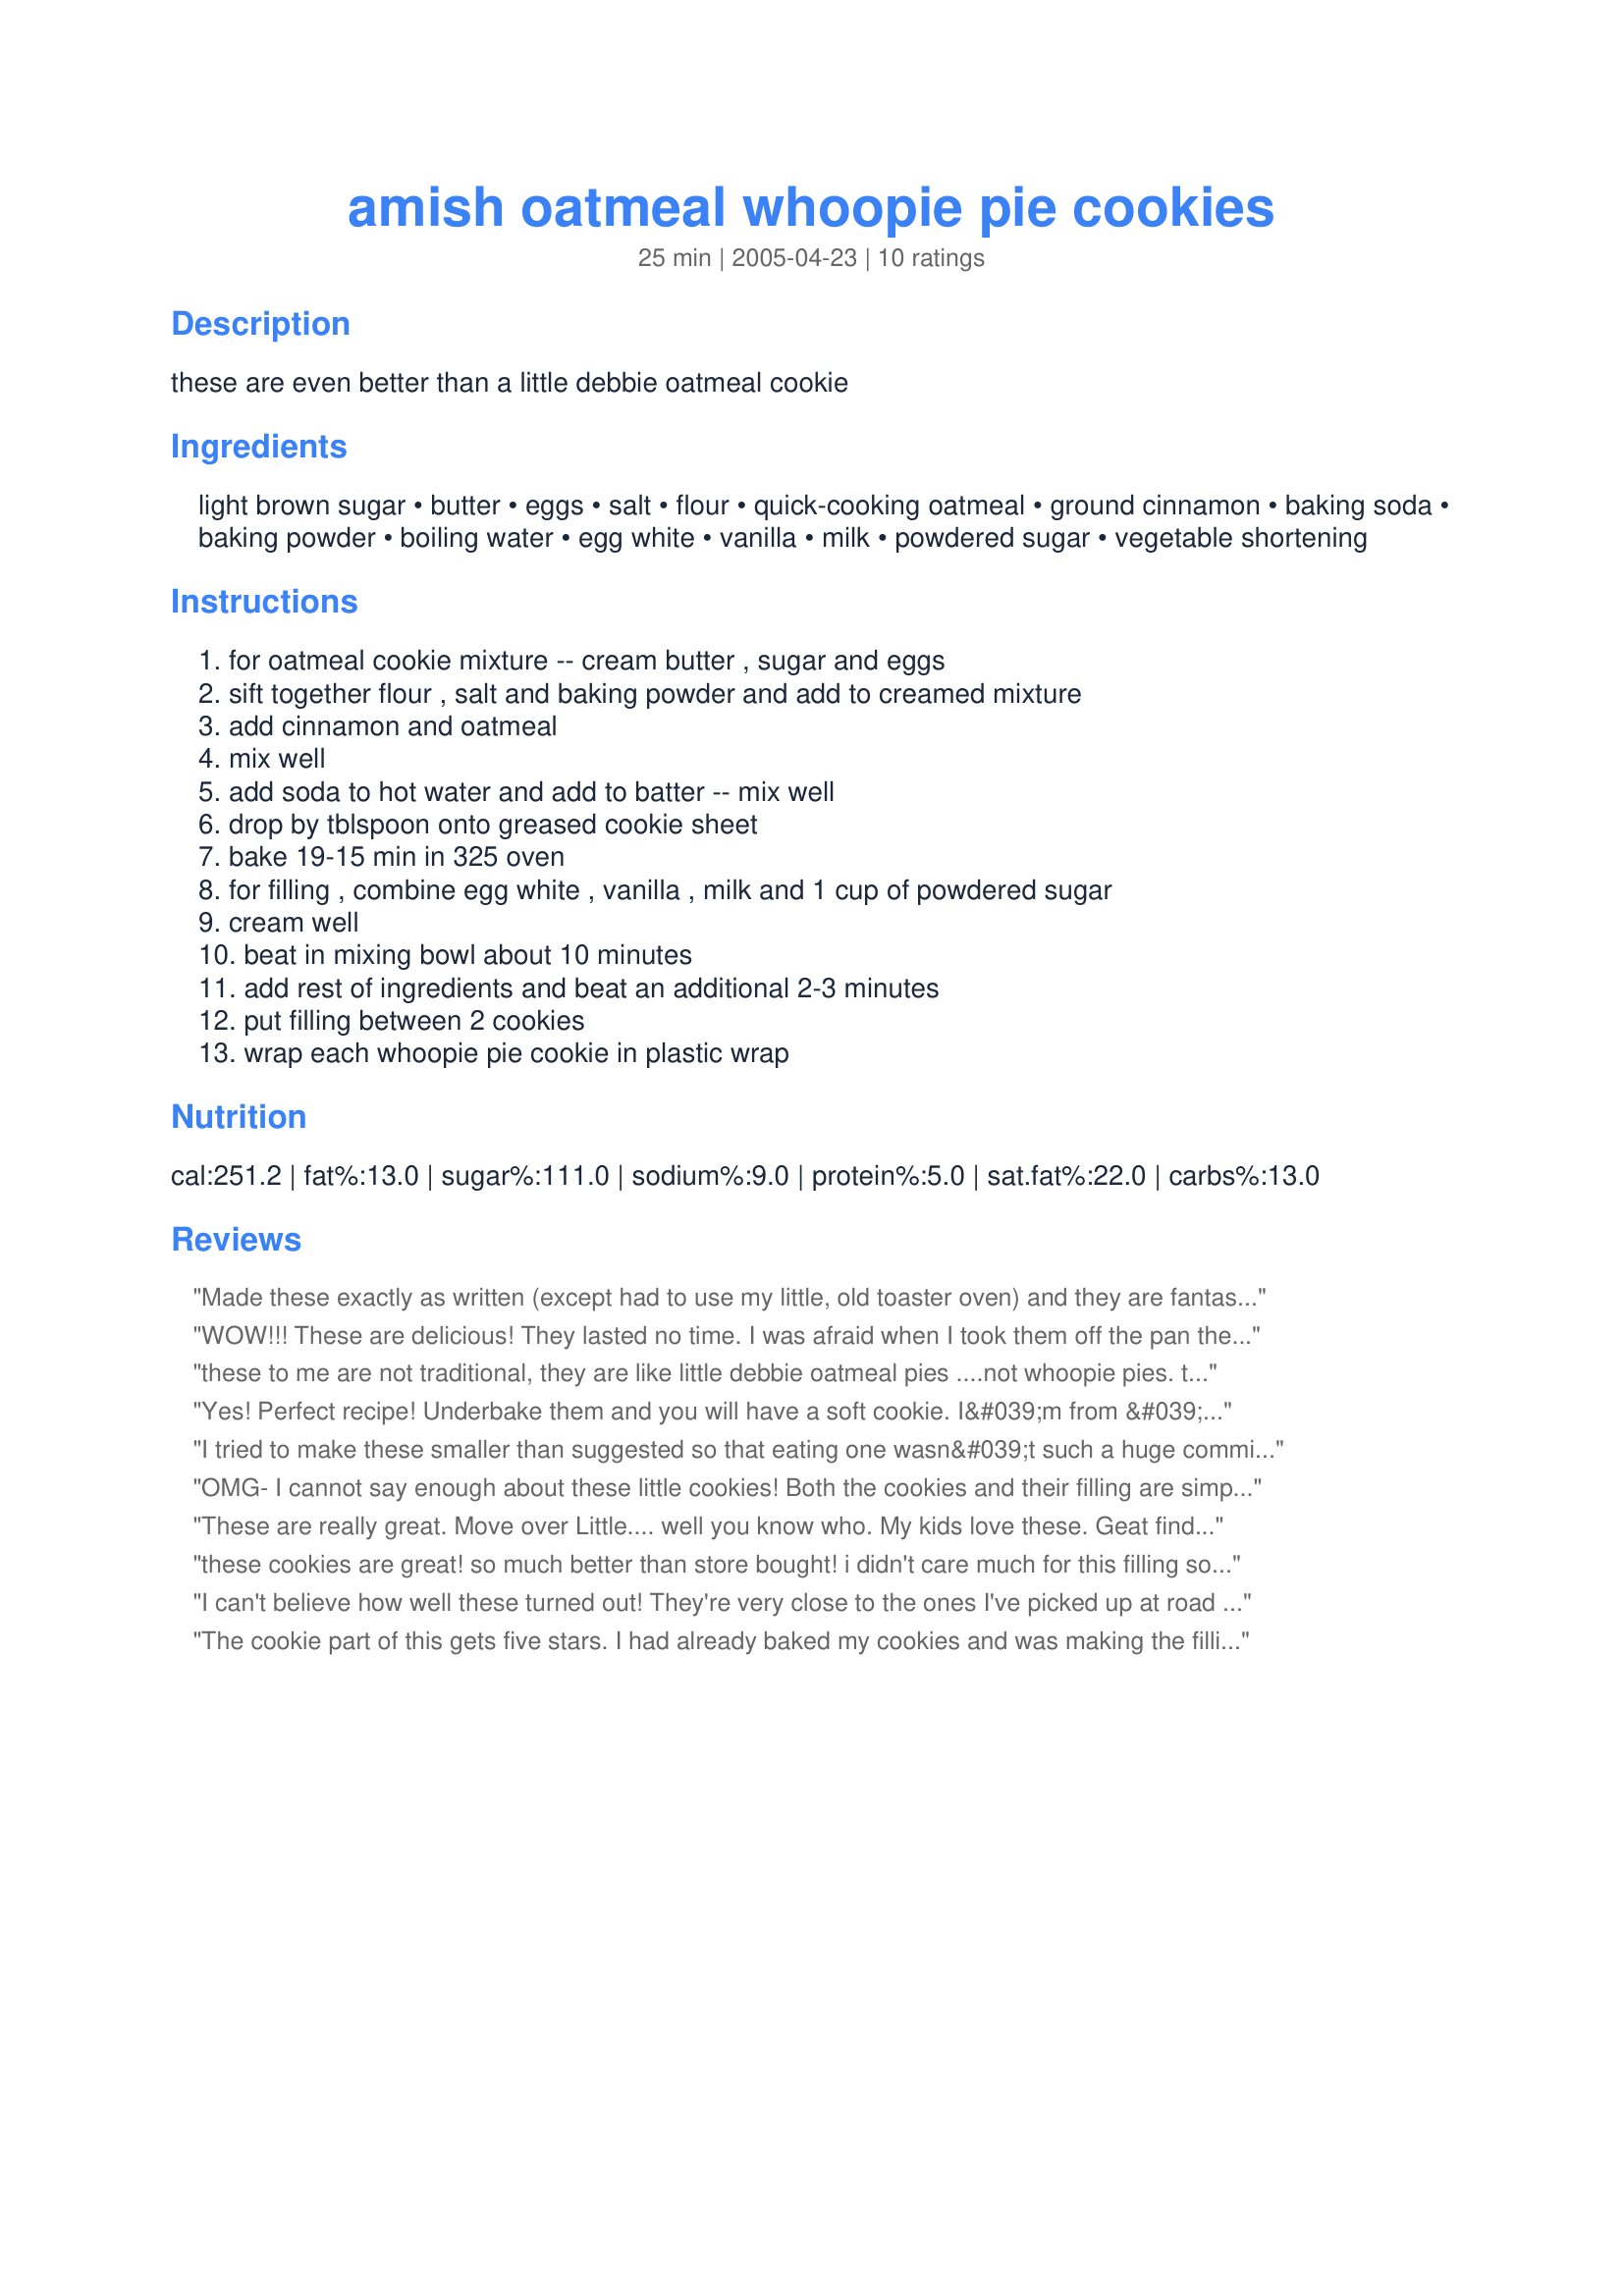
amish oatmeal whoopie pie cookies
Preparation time: 25 minutes

these are even better than a little debbie oatmeal cookie

Ingredients:
light brown sugar, butter, eggs, salt, flour, quick-cooking oatmeal, ground cinnamon, baking soda, baking powder, boiling water, egg white, vanilla, milk, powdered sugar, vegetable shortening

Steps:
for oatmeal cookie mixture -- cream butter , sugar and eggs, sift together flour , salt and baking powder and add to creamed mixture, add cinnamon and oatmeal, mix well, add soda to hot water and add to batter -- mix well, drop by tblspoon onto greased cookie sheet, bake 19-15 min in 325 oven, for filling , combine egg white , vanilla , milk and 1 cup of powdered sugar, cream well, beat in mixing bowl about 10 minutes, add rest of ingredients and beat an additional 2-3 minutes, put filling between 2 cookies, wrap each whoopie pie cookie in plastic wrap

Reviews:
Made these exactly as written (except had to use my little, old toaster oven) and they are fantastic! Just like the ones I remember. I had no trouble with the cookies or filling and LOVE them. Thanks for posting!
WOW!!! These are delicious! They lasted no time. I was afraid when I took them off the pan they seemed a little hard, but once I put the filling in them and wrapped them individually they were nice & moist. A keeper for sure. Thanks for sharing Grandma2969. :o)
these to me are not traditional, they are like little debbie oatmeal pies ....not whoopie pies. the cake should be airy, not like a cookie. favor was good on the &quot;cookie&quot; but again not a traditional whoopie pie.
Yes! Perfect recipe! Underbake them and you will have a soft cookie. I&#039;m from &#039;Amish Country&#039; Lancaster County, and these are an authentic taste.
I tried to make these smaller than suggested so that eating one wasn&#039;t such a huge commitment. I used heaping teaspoons instead of tablespoons, but these spread so much that they were still very large cookies... I did end up with more cookies than stated. The texture and thickness was perfect for a whoopie pie. I didn&#039;t use the filling on the recipe, not because of the egg white but because I never have milk in the house and didn&#039;t feel like buying some just so I could have 2 tablespoons. Instead I made a cream cheese frosting which worked just fine. Folks in the office seemed to really like them.
OMG- I cannot say enough about these little cookies! Both the cookies and their filling are simply delicious. And as the recipe description states, they are definately better than Little Debbies (which in my opinion taste fake, full of preseratives, and rather "icky" in comparison to the homemade "whoopie pies".) Overall, they were delicious and I would definately recommend/make again.
These are really great. Move over Little.... well you know who. 
My kids love these. Geat find. Thank you so much.
these cookies are great! so much better than store bought! i didn't care much for this filling so i ended up using another
I can't believe how well these turned out! They're very close to the ones I've picked up at road stands in "Dutch Country".I WILL cut down on the brown sugar in the recipe next time though, just a little to sweet paired with the filling. I made my cookies bigger then stated and they were done at 10-12 minutes. And I added raisins to the dough as well. And PLEASE use this filling! The egg white is NOT going to hurt you, and though the filling initially seems a little thin and runny is stiffens after sitting for a little while! Thanks Grandma2669!
The cookie part of this gets five stars. I had already baked my cookies and was making the filling when I realized that it was going to be raw egg white in there. I was scared to make it with raw egg white, even though I've read that the white is o.k. to eat raw. So after I got my filling all mixed, I heated it in a saucepan on med/low for about 10 minutes until it bubbled. Then I put it in a bowl to cool before spreading it on my cookies. I will definitely make the cookie part of this again because it was soft and pretty similar to the Little Debbie Snackcakes but I am going to check out another creme filling to fill them with. Thanks for posting!!
